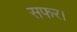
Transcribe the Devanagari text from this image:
सफर।